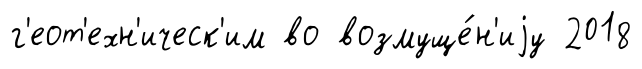
г'еот'ехн'ическ'им во возмуще́н'иjу 2018